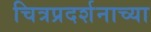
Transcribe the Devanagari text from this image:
चित्रप्रदर्शनाच्या